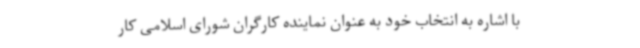
با اشاره به انتخاب خود به عنوان نماینده کارگران شورای اسلامی کار